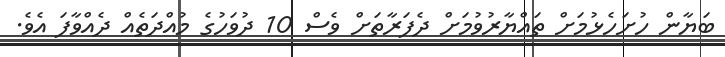
ބަޔާން ހުށަހެޅުމަށް ތައްޔާރުވުމަށް ދެފަރާތަށް ވެސް 10 ދުވަހުގެ މުއްދަތެއް ދެއްވާފަ އެވެ.